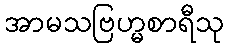
အာမသဗြဟ္မစာရီသု